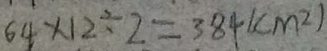
6 4 \times 1 2 \div 2 = 3 8 4 ( c m ^ { 2 } )